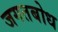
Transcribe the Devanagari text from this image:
जगतबोध